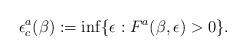
LaTeX: \begin{align*}\epsilon_c^a(\beta) :=\inf \{\epsilon : F^a(\beta,\epsilon)>0\}.\end{align*}